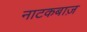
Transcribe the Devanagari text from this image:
नाटकबाज़